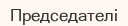
Председателі